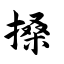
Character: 搡